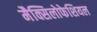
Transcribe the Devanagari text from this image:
मैक्सिलोफेशियल